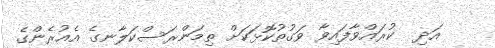
އަދި  ކުރައްވާފައިވާ ވަގުތުކޮޅަކަށް ތިމަންރަސްކަލާނގެ އެއުރެންގެ